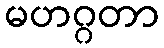
မဟဂ္ဂတာ